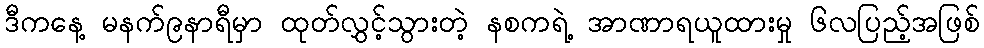
ဒီကနေ့ မနက်၉နာရီမှာ ထုတ်လွှင့်သွားတဲ့ နစကရဲ့ အာဏာရယူထားမှု ၆လပြည့်အဖြစ်